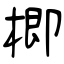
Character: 楖